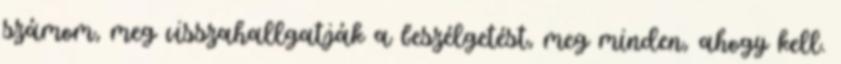
számom, meg visszahallgatják a beszélgetést, meg minden, ahogy kell.